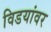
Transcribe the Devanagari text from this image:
विडयांवर